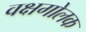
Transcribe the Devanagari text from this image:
वक्षगोलक